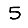
Digit: 5